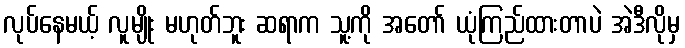
လုပ်နေမယ့် လူမျိုး မဟုတ်ဘူး ဆရာက သူ့ကို အတော် ယုံကြည်ထားတာပဲ အဲဒီလိုမှ